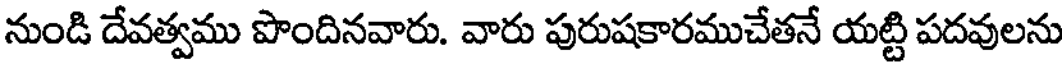
నుండి దేవత్వము పొందినవారు. వారు పురుషకారముచేతనే యట్టి పదవులను